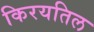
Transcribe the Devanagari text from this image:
किरयतिल